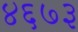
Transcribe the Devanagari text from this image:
४६७३